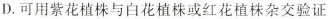
D.可用紫花植株与白花植株或红花植株杂交验